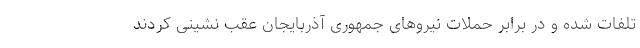
تلفات شده و در برابر حملات نیروهای جمهوری آذربایجان عقب نشینی کردند